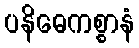
ပနိဓေကစ္စာနံ